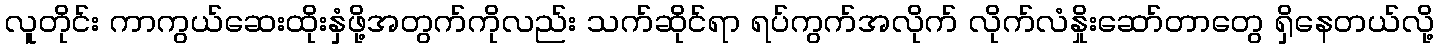
လူတိုင်း ကာကွယ်ဆေးထိုးနှံဖို့အတွက်ကိုလည်း သက်ဆိုင်ရာ ရပ်ကွက်အလိုက် လိုက်လံနှိုးဆော်တာတွေ ရှိနေတယ်လို့